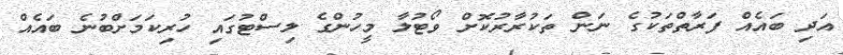
އަދި ބައެއް ފަރާތްތަކުގެ ނަން ތަކުރާރުކޮށް ވޯޓުލާ މީހުންގެ ލިސްޓުގައި ހުރިކަމަށްބުނެ ބައެއް